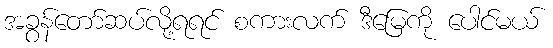
အခွန်တော်ဆပ်လို့ရရင် စကားလက် ဒီမြေကို ပေါင်မယ်